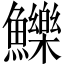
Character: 鱳